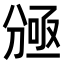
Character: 𠔠